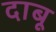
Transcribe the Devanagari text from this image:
दाबू